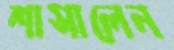
শাসালেন